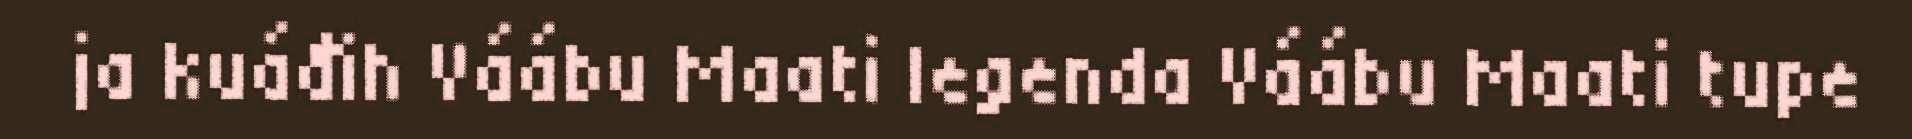
ja kuáđih Váábu Maati legenda Váábu Maati tupe